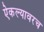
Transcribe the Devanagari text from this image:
ऐकल्यावरच